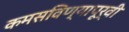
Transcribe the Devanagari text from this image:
कमसविण्यापूर्वी